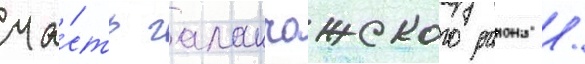
ча́сть галанчожского раиона /